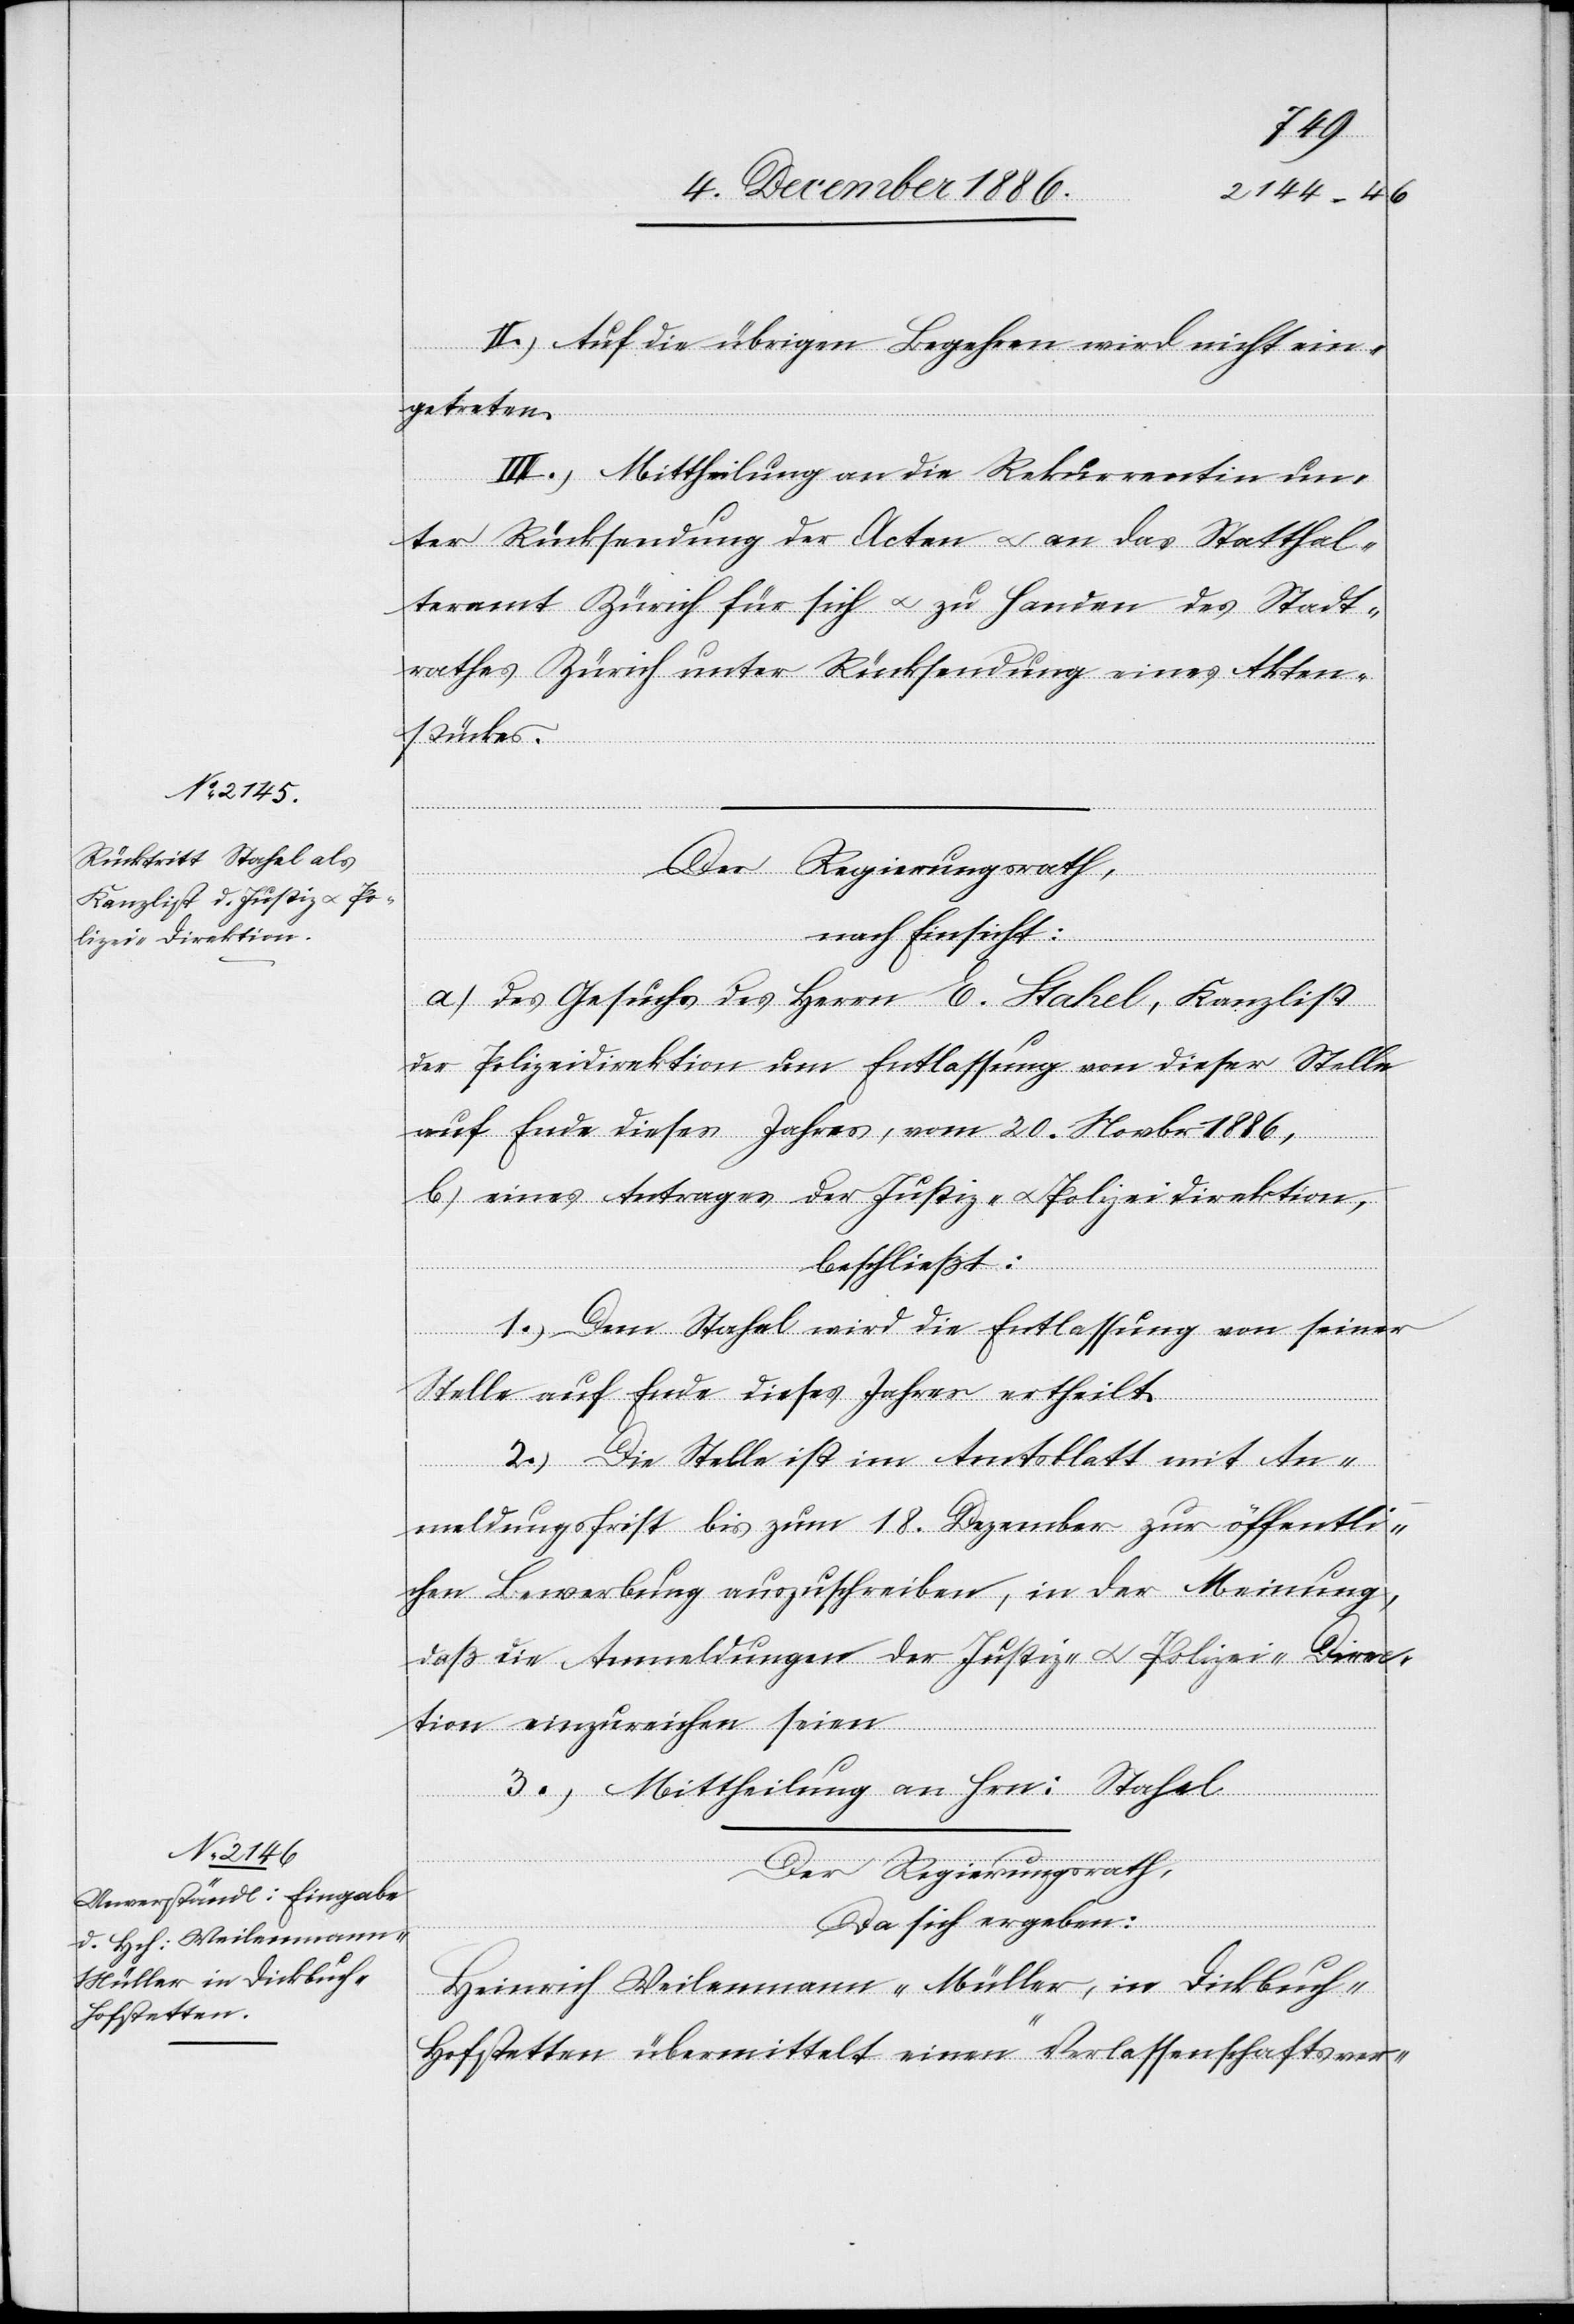
II.) Auf die übrigen Begehren wird nicht ein¬
getreten.
III.) Mittheilung an die Rekurrentin un¬
ter Rücksendung der Acten & an das Statthal¬
teramt Zürich für sich & zu Handen des Stadt¬
rathes Zürich unter Rücksendung eines Akten¬
stückes.
nach Einsicht:
a) des Gesuchs des Herrn E. Stahel, Kanzlist
der Polizeidirektion um Entlassung von dieser Stelle
auf Ende dieses Jahres, vom 20. Novbr. 1886,
b) eines Antrages der Justiz- & Polizeidirection,
beschließt:
1.) Dem Stahel wird die Entlassung von seiner
Stelle auf Ende dieses Jahres ertheilt.
2.) Die Stelle ist im Amtsblatt mit An¬
meldungsfrist bis zum 18. Dezember zur öffentli¬
chen Bewerbung auszuschreiben, in der Meinung,
daß die Anmeldungen der Justiz- & Polizei-Direc¬
tion einzureichen seien.
3.) Mittheilung an Hrn. Stahel.
Der Regierungsrath,
da sich ergeben:
Heinrich Weilenmann-Müller, in Dickbuch -
Hofstetten übermittelt einen Verlassenschaftsver-